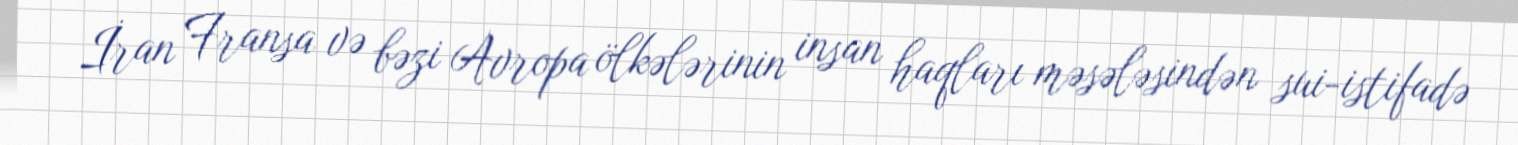
İran Fransa və bəzi Avropa ölkələrinin insan haqları məsələsindən sui-istifadə